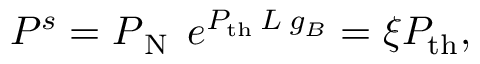
P ^ { s } = { P _ { \tiny \mathrm { \: N } } } \: \: e ^ { P _ { \mathrm { t h } } \: L \: g _ { B } } = \xi P _ { \mathrm { t h } } ,